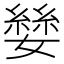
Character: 𪦥